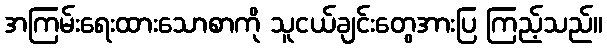
အကြမ်းရေးထားသောစာကို သူငယ်ချင်းတွေအားပြ ကြည့်သည်။